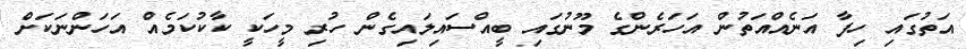
އަތުގައި ހިފާ އަނެއްއަތުން އަހަރެންގެ މޫނުގައި ބީއްސައިލައިގެން ހުރި މީހަކީ ކާކުކަމެއް އަހަންނަކަށް